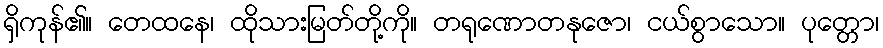
ရှိကုန်၏။ တေထနေ၊ ထိုသားမြတ်တို့ကို။ တရုဏောတနုဇော၊ ငယ်စွာသော။ ပုတ္တော၊